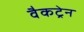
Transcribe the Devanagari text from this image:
वैकट्रेन